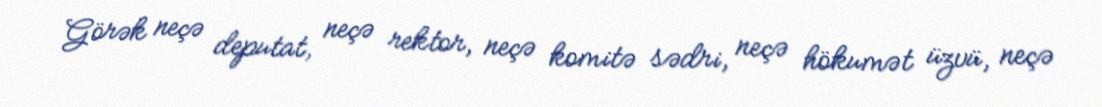
Görək neçə deputat, neçə rektor, neçə komitə sədri, neçə hökumət üzvü, neçə